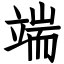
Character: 端